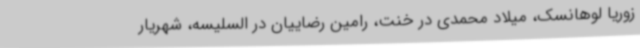
زوریا لوهانسک، میلاد محمدی در خنت، رامین رضاییان در السلیسه، شهریار